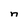
Character: n